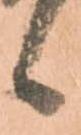
候